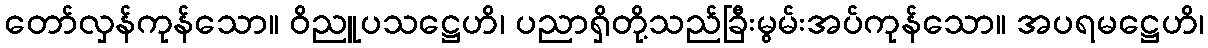
တော်လှန်ကုန်သော။ ဝိညူပသဋ္ဌေဟိ၊ ပညာရှိတို့သည်ခြီးမွမ်းအပ်ကုန်သော။ အပရမဋ္ဌေဟိ၊